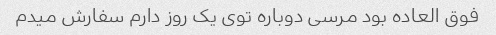
فوق العاده بود مرسی دوباره توی یک روز دارم سفارش میدم